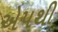
એપથી